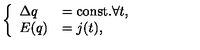
\left\{ \begin{array} { l l } { \Delta q } & { = \mathrm { c o n s t . } \forall t , } \\ { E ( q ) } & { = j ( t ) , } \\ \end{array} \right.